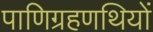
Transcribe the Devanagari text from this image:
पाणिग्रहणथियों